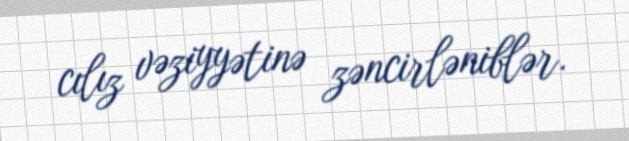
cılız vəziyyətinə zəncirləniblər.